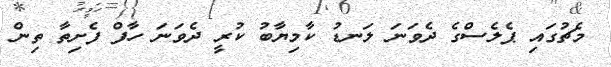
މެޗުގައި ޕެލެސްގެ ދެވަނަ ލަނޑު ކާމިޔާބު ކުރީ ދެވަނަ ހާފް ފެށިތާ ތިން